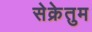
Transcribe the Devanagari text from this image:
सेक्रेतुम